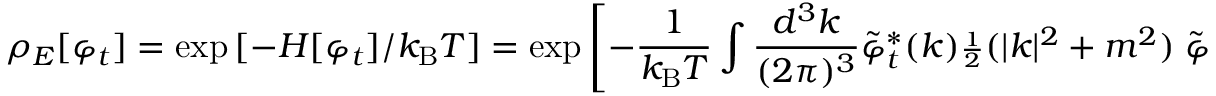
\rho _ { E } [ \varphi _ { t } ] = \exp { [ - H [ \varphi _ { t } ] / k _ { \mathrm { B } } T ] } = \exp { \left[ - { \frac { 1 } { k _ { \mathrm { B } } T } } \int { \frac { d ^ { 3 } k } { ( 2 \pi ) ^ { 3 } } } { \tilde { \varphi } } _ { t } ^ { * } ( k ) { \scriptstyle { \frac { 1 } { 2 } } } ( | k | ^ { 2 } + m ^ { 2 } ) \; { \tilde { \varphi } } _ { t } ( k ) \right] } ~ .